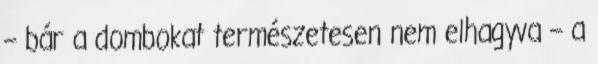
– bár a dombokat természetesen nem elhagyva – a